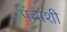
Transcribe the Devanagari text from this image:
पंचांशी